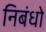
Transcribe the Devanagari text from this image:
निबंधो